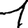
Digit: 1